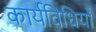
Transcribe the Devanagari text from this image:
कार्यविधियाँ